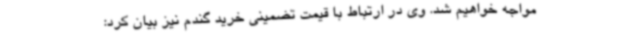
مواجه خواهیم شد. وی در ارتباط با قیمت تضمینی خرید گندم نیز بیان کرد: